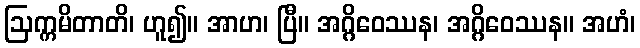
ဩက္ကမိတာတိ၊ ဟူ၍။ အာဟ၊ ပြီ။ အဂ္ဂိဝေဿန၊ အဂ္ဂိဝေဿန။ အဟံ၊